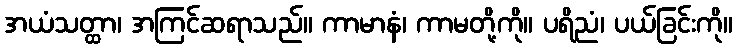
အယံသတ္ထာ၊ အကြင်ဆရာသည်။ ကာမာနံ၊ ကာမတို့ကို။ ပရိညံ၊ ပယ်ခြင်းကို။